Annual administration report of the Civil Veterinary Department, Ajmere-Merwara, British Rajputana - 1914-1940
Year: 1914
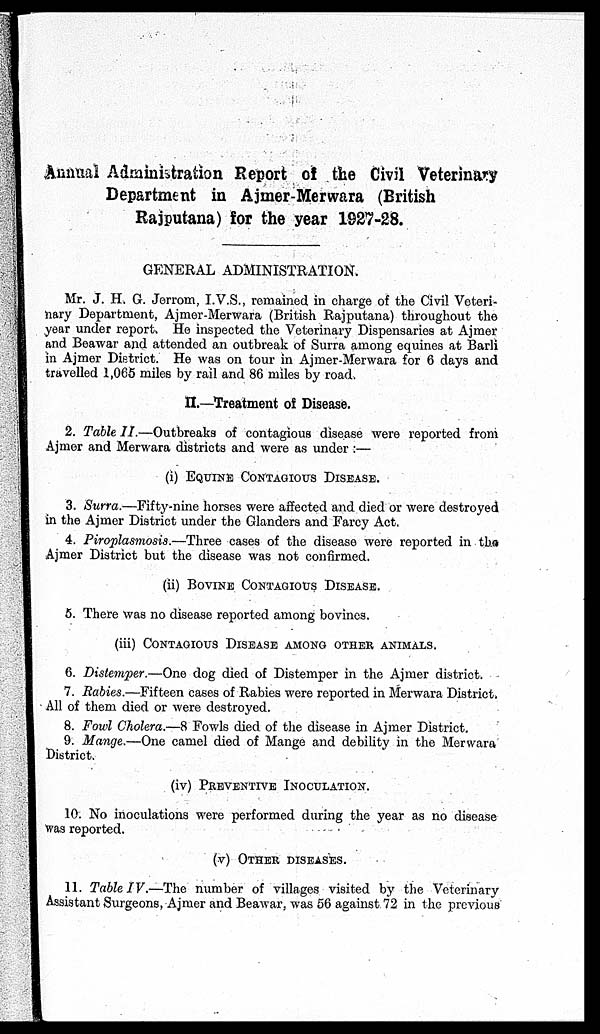
Annual Administration Report of the Civil Veterinary
Department in Ajmer-Merwara (British
Rajputana) for the year 1927-28.
GENERAL ADMINISTRATION.
Mr. J. H. G. Jerrom, I.V.S., remained in charge of the Civil Veteri-
nary Department, Ajmer-Merwara (British Rajputana) throughout the
year under report. He inspected the Veterinary Dispensaries at Ajmer
and Beawar and attended an outbreak of Surra among equines at Barli
in Ajmer District. He was on tour in Ajmer-Merwara for 6 days and
travelled 1,065 miles by rail and 86 miles by road.
II.—Treatment of Disease.
2. Table II.—Outbreaks of contagious disease were reported from
Ajmer and Merwara districts and were as under :—
(i) EQUINE CONTAGIOUS DISEASE.
3. Surra.—Fifty-nine horses were affected and died or were destroyed
in the Ajmer District under the Glanders and Farcy Act.
4. Piroplasmosis.—Three cases of the disease were reported in the
Ajmer District but the disease was not confirmed.
(ii) BOVINE CONTAGIOUS DISEASE.
5. There was no disease reported among bovines.
(iii) CONTAGIOUS DISEASE AMONG OTHER ANIMALS.
6. Distemper.—One dog died of Distemper in the Ajmer district.
7. Rabies.—Fifteen cases of Rabies were reported in Merwara District.
All of them died or were destroyed.
8. Fowl Cholera.—8 Fowls died of the disease in Ajmer District.
9. Mange.—One camel died of Mange and debility in the Merwara
District.
(iv)
PREVENTIVE INOCULATION.
10. No inoculations were performed during the year as no disease
Was reported.
(v) OTHER DISEASES.
11. Table IV.—The number of villages visited by the Veterinary
Assistant Surgeons, Ajmer and Beawar, was 56 against 72 in the previous